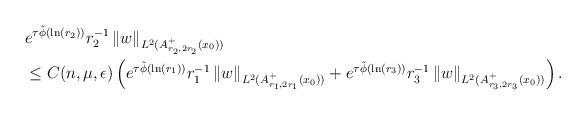
LaTeX: \begin{align*}&e^{\tau \tilde{\phi}(\ln(r_2))} r_2^{-1}\left\| w \right\|_{L^2(A^+_{r_2,2r_2}(x_0))}\\& \leq C(n,\mu, \epsilon)\left( e^{\tau \tilde{\phi}(\ln(r_1))} r_1^{-1} \left\| w \right\|_{L^2(A^+_{r_1,2r_1}(x_0))} + e^{\tau \tilde{\phi}(\ln(r_3))}r_3^{-1}\left\| w \right\|_{L^2(A^+_{r_3,2 r_{3}}(x_0))}\right).\end{align*}